Senior Leaving Certificate Examination (including Day School Certificate (Higher) General paper), 1947
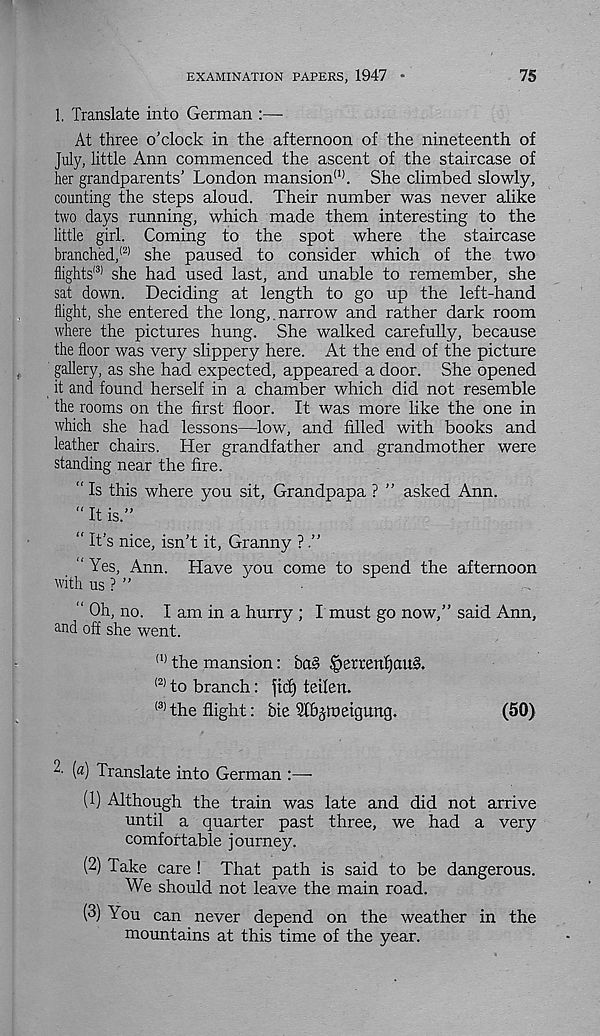
EXAMINATION PAPERS, 1947 *
75
1. Translate into German
At three o’clock in the afternoon of the nineteenth of
July, little Ann commenced the ascent of the staircase of
her grandparents’ London mansion (1) . She climbed slowly,
counting the steps aloud. Their number was never alike
two days running, which made them interesting to the
little girl. Coming to the spot where the staircase
branched, (2) she paused to consider which of the two
flights' 31 she had used last, and unable to remember, she
sat down. Deciding at length to go up the left-hand
flight, she entered the long,, narrow and rather dark room
where the pictures hung. She walked carefully, because
the floor was very slippery here. At the end of the picture
gallery, as she had expected, appeared a door. She opened
it and found herself in a chamber which did not resemble
the rooms on the first floor. It was more like the one in
which she had lessons—low, and filled with books and
leather chairs. Her grandfather and grandmother were
standing near the fire.
“ Is this where you sit. Grandpapa ? ” asked Ann.
" It is.”
“ It’s nice, isn’t it, Granny ? .”
“ Yes, Ann. Have you come to spend the afternoon
with us ? ”
“ Oh, no. I am in a hurry ; I must go now,” said Ann,
and off she went.
(1) the mansion: ba§ §srrenf)au§.
(2) to branch: fid) teilen.
<3) the flight: bie Slf^toetgung.
(50)
“• («) Translate into German :—-
(1) Although the train was late and did not arrive
until a quarter past three, we had a very
comfortable journey.
(2) Take care ! That path is said to be dangerous.
We should not leave the main road.
(3) You can never depend on the weather in the
mountains at this time of the year.